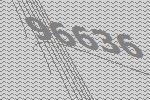
96636